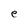
Character: e